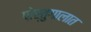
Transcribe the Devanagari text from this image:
पोर्तुगालात